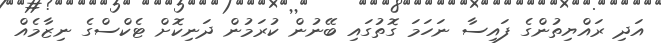
އަދި ރައްޔިތުންގެ ފައިސާ ނަހަމަ ގޮތުގައި ބޭނުން ކުރަމުން ދަނިކޮށް ޓެކްސްގެ ނިޒާމެއް